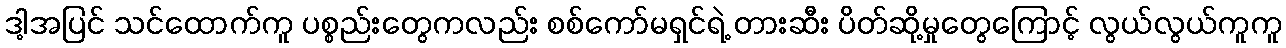
ဒါ့အပြင် သင်ထောက်ကူ ပစ္စည်းတွေကလည်း စစ်ကော်မရှင်ရဲ့ တားဆီး ပိတ်ဆို့မှုတွေကြောင့် လွယ်လွယ်ကူကူ